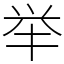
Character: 举